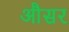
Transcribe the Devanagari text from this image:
औसर